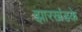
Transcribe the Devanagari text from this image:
झारखंडके